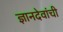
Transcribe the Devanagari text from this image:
ज्ञानदेवांची